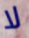
لا